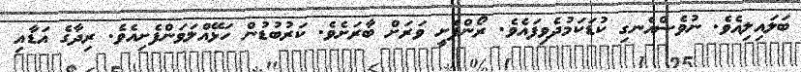
ބަލައިލިއެވެ. ނުވެސްއެނގި ކުޑަކަމުދެވިފައެވެ. ރޯންފެށީ ވަރަށް ބާރަށެވެ. ކަރުބުޑުން ހަޅޭއްލަވަންފެށިއެވެ. ރިދާގެ އަޑާއި